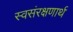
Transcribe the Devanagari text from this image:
स्वसंरक्षणार्थ